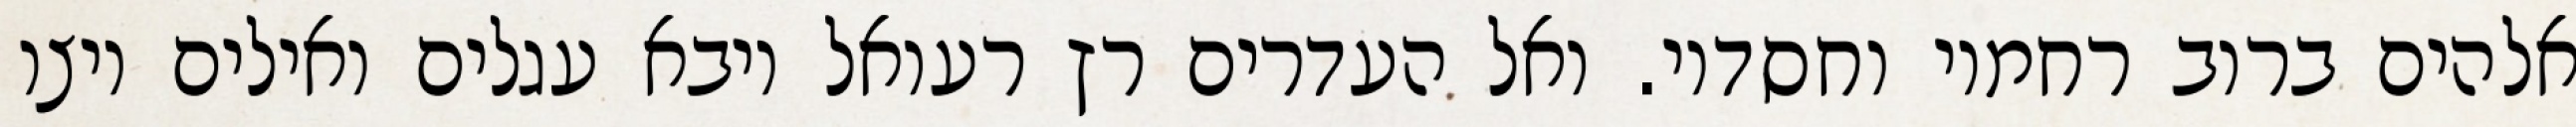
אלהים ברוב רחמיו וחסדיו. ואל העדרים רץ רעואל ויבא עגלים ואילים ויצו